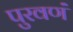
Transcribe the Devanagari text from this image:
पुरवणं